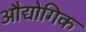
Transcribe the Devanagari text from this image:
औद्योगिक